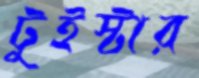
টুইস্টার